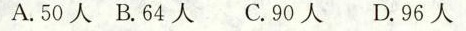
A.50人B.64人 C.90人 D.96人